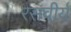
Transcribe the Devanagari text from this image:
रसवीर्य